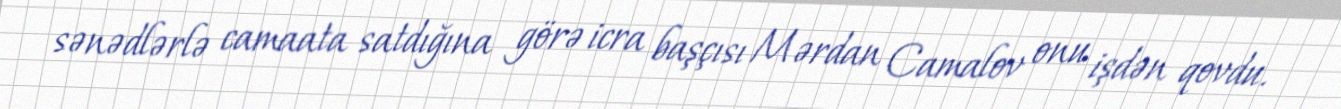
sənədlərlə camaata satdığına görə icra başçısı Mərdan Camalov onu işdən qovdu.